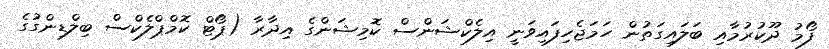
ފޯމު ދޫކުރުމާއި ބަލައިގަތުން ހަމަޖެހިފައިވަނީ އިލެކްޝަންސް ކޮމިޝަންގެ އިދާރާ (ޕޯޓް ކޮމްޕްލެކްސް ބިލްޑިންގުގެ